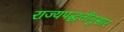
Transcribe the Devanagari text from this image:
राज्यपद्धतीनुसार